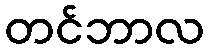
တင်ဘာလ